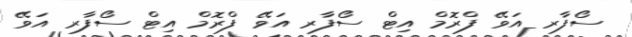
ސޯފާރ އަވޭ ފްރޮމް އިޓް ސޯފާރ އަވޭ ފްރޮމް އިޓް ސޯފާރ އަވޭ